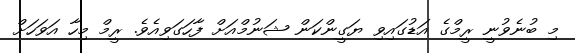
މި ބުނެވުނީ ރީމްގެ އަޑުގައިވި ޔަގީންކަން ޝަނުމްއަށް ފާހަގަވިއެވެ. ރީމް މިހާ އަވަހަށް